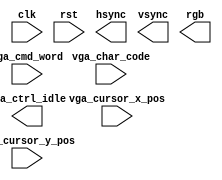
module text_screen_top
  (
    input wire clk, rst,
	 input wire [7:0] vga_cmd_word,
	 input wire [6:0] vga_char_code,
	 input wire [6:0] vga_cursor_x_pos,
	 input wire [4:0] vga_cursor_y_pos,
	 output wire vga_ctrl_idle,
    output wire hsync, vsync,
    output wire [11:0] rgb
  );
   	
endmodule